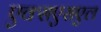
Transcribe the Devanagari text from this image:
एक्सएसएल